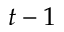
t - 1